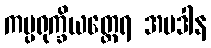
ကပ္ပရုက္ခိယတ္ထေရ အပဒါန